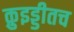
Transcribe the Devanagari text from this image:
क़ुइड्डीतच